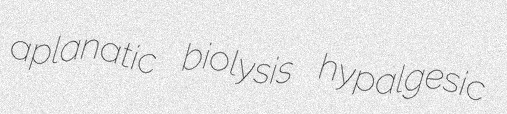
aplanatic biolysis hypalgesic